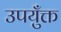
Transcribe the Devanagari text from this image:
उपयुँक्त